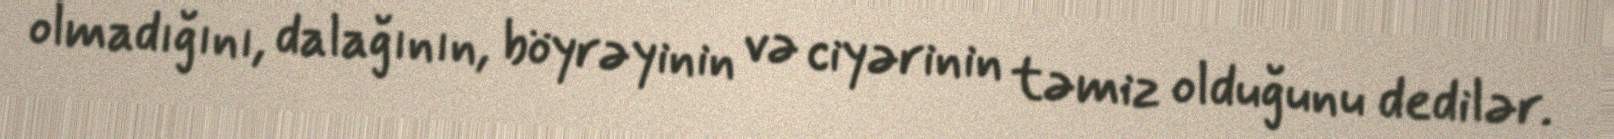
olmadığını, dalağının, böyrəyinin və ciyərinin təmiz olduğunu dedilər.